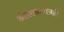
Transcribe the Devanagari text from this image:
अंतराळयानही